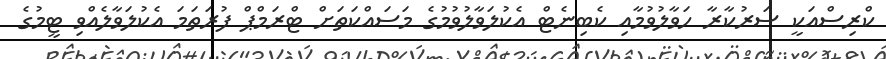
ކްރިސްއަކީ ސަރުކާރާ ހަވާލުވުމާއި ކެބިނެޓް އެކުލަވާލުވުމުގެ މަސައްކަތަށް ޓްރަމްޕް ފުރަތަމަ އެކުލަވާލެއްވި ޓީމުގެ